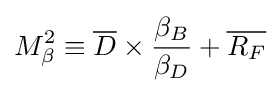
M_{\beta }^{2}\equiv {\overline {D}}\times {\frac {\beta _{B}}{\beta _{D}}}+{\overline {R_{F}}}